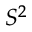
S ^ { 2 }